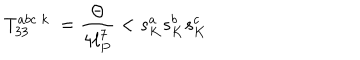
LaTeX: T _ { 3 3 } ^ { a b c \; k } \; = \frac { \Theta } { 4 \ell _ { P } ^ { 7 } } < s _ { K } ^ { a } s _ { K } ^ { b } s _ { K } ^ { c }